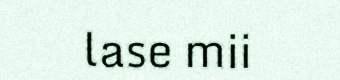
lase mii